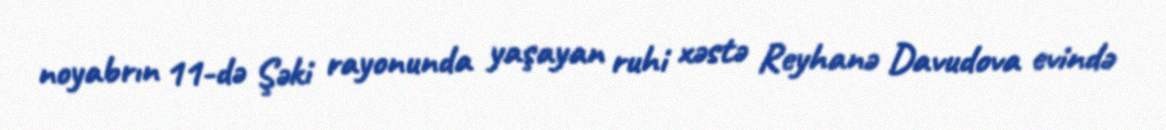
noyabrın 11-də Şəki rayonunda yaşayan ruhi xəstə Reyhanə Davudova evində